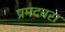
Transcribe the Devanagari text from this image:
प्रमदवरा